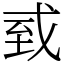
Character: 㦶